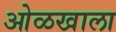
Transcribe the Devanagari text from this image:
ओळखाला